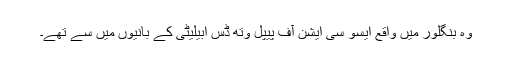
وہ بنگلور میں واقع ایسو سی ایشن آف پیپل وتھ ڈس ابیلیٹی کے بانیوں میں سے تھے۔